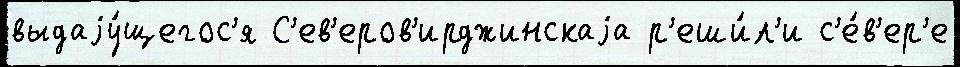
выдаjу́щегос'я С'ев'еров'ирджинскаjа р'еши́л'и с'е́в'ер'е